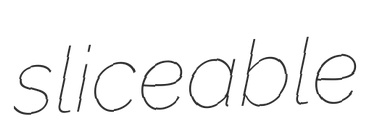
sliceable